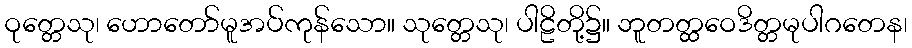
ဝုတ္တေသု၊ ဟောတော်မူအပ်ကုန်သော။ သုတ္တေသု၊ ပါဠိတို့၌။ ဘူတတ္ထဝေဒိတ္တမုပါဂတေန၊